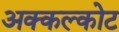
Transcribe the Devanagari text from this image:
अक्कल्कोट